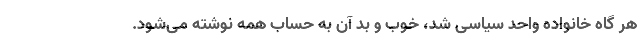
هر گاه خانواده واحد سیاسی شد، خوب و بد آن به حساب همه نوشته می‌شود.